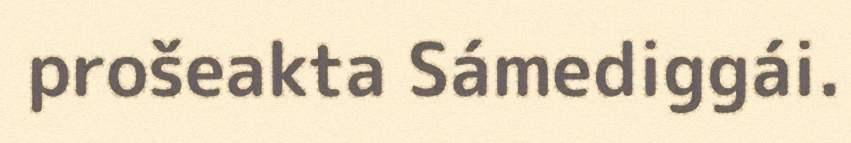
prošeakta Sámediggái.